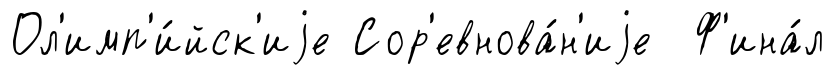
Ол'имп'и́йск'иjе Сор'евнова́н'иjе Ф'ина́л